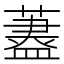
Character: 𦾗